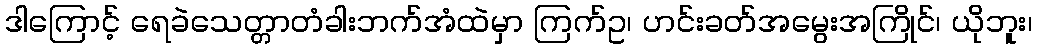
ဒါကြောင့် ရေခဲသေတ္တာတံခါးဘက်အံထဲမှာ ကြက်ဥ၊ ဟင်းခတ်အမွေးအကြိုင်၊ ယိုဘူး၊